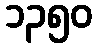
၁၃၅၀